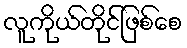
လူကိုယ်တိုင်ဖြစ်စေ